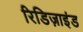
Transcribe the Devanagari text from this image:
रिडिज़ाइंड